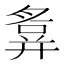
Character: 𢍪